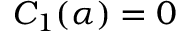
C _ { 1 } ( \alpha ) = 0